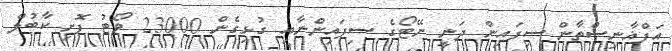
އަފްޣާނިސްތާން ސިފައިން ދަނީ ނޭޓޯގެ ސިފައިންނާއި ގުޅިގެން 23000 ވޯޓު ފޮށި ކާބުލް